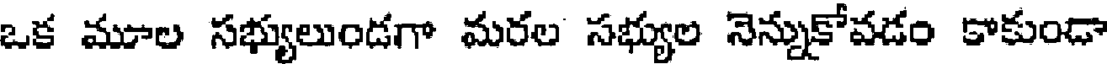
ఒక మూల సభ్యులుండగా మరల సభ్యుల నెన్నుకోవడం కాకుండా